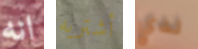
انه أشتريه لدي